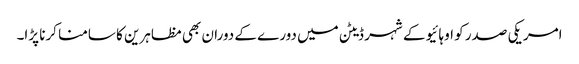
امریکی صدر کو اوہائیو کے شہر ڈیٹن میں دورے کے دوران بھی مظاہرین کا سامنا کرنا پڑا۔